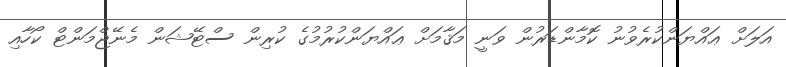
އަލަށް ޢައްޔަންކުރެވުނު ކޮމާންޑަރުން ވަނީ މަޤާމަށް ޢައްޔަންކުރުމުގެ ކުރިން ސްޓޭޝަން މެނޭޖްމަންޓް ކޯހާއި